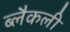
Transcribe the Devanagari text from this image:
ब्लैकली